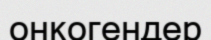
онкогендер